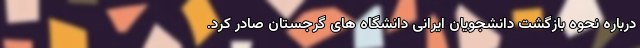
درباره نحوه بازگشت دانشجویان ایرانی دانشگاه های گرجستان صادر کرد.